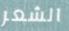
الشعر